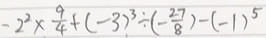
- 2 ^ { 2 } \times \frac { 9 } { 4 } + ( - 3 ) ^ { 3 } \div ( - \frac { 2 7 } { 8 } ) - ( - 1 ) ^ { 5 }